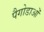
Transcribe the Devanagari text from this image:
पैगोडाओं